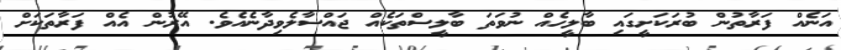
އަނެއް ފަރާތުން ބުރަކަށީގައި ބާލީހެއް ނުވަތަ ބާލީސްތަކެއް ޖައްސާލެވިދާނެއެވެ. އޭރުން އެއް ފަރާތަކަށް